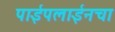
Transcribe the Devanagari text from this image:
पाईपलाईनचा